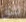
نثق